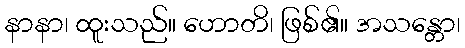
နာနာ၊ ထူးသည်။ ဟောတိ၊ ဖြစ်၏။ အသန္တော၊